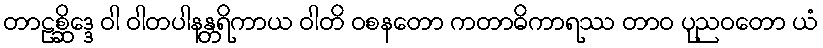
တာဠစ္ဆိဒ္ဒေ ဝါ ဝါတပါနန္တရိကာယ ဝါတိ ဝစနတော ကတာဓိကာရဿ တာဝ ပုညဝတော ယံ